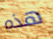
هذه